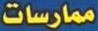
ممارسات